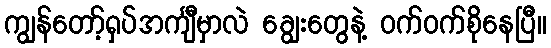
ကျွန်တော့်ရှပ်အင်္ကျီမှာလဲ ချွေးတွေနဲ့ ဝက်ဝက်စိုနေပြီ။